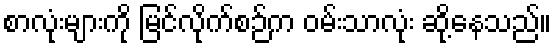
စာလုံးများကို မြင်လိုက်စဉ်က ဝမ်းသာလုံး ဆို့နေသည်။